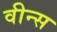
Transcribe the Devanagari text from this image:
वीन्स